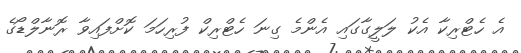
އެ ހެޓްރިކާ އެކު ލަލީގާގައި އެންމެ ގިނަ ހެޓްރިކް ފުރިހަމަ ކޮށްފައިވާ ރޮނާލްޑޯގެ